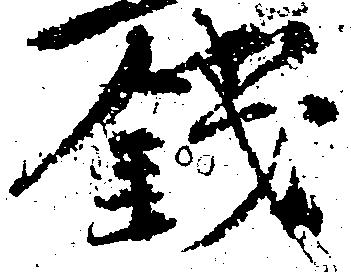
銭